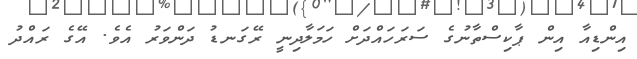
އިންޑިއާ އިން ޕާކިސްތާނުގެ ސަރަހައްދަށް ހަމަލާދިނީ ރޭގަނޑު ދަންވަރު އެވެ. އޭގެ ރައްދު